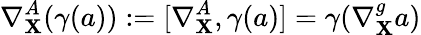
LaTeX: \nabla_{\mathbf{X}}^{A}(\gamma(a)):=[\nabla_{\mathbf{X}}^{A},\gamma(a)]=\gamma(\nabla_{\mathbf{X}}^{g}a)